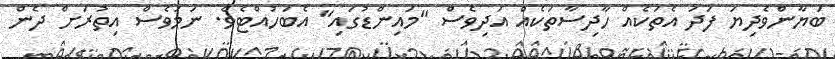
ބަޔާންވެދިޔަ ފަދަ އެތަކެއް ހާދިސާތަކެއް އަދިވެސް "މައިންޑުގައި" އެބަހުއްޓެވެ. ނަމަވެސް އިތުރަށް ދެން